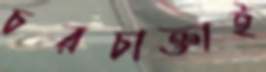
চরচাক্তাই